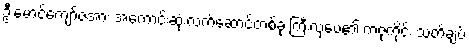
ဦးမောင်ကျော်ဇံအား အကောင်းဆုံးလက်ဆောင်တစ်ခု ကြီးလှပေ၏ ကဇုကိုင်း သတိချပ်